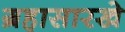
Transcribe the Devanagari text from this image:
ग्रहासारखे